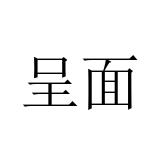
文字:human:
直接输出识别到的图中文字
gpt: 呈面